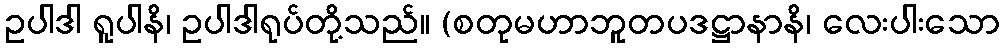
ဥပါဒါ ရူပါနိ၊ ဥပါဒါရုပ်တို့သည်။ (စတုမဟာဘူတပဒဋ္ဌာနာနိ၊ လေးပါးသော